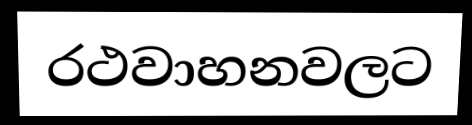
රථවාහනවලට